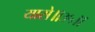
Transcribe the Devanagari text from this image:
यासे॥३५॥